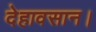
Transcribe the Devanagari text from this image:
देहावसान।